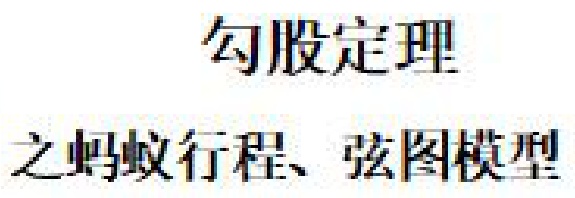
勾股定理
之蚂蚁行程、弦图模型